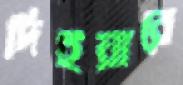
দিইয়ারে